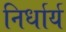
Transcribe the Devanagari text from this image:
निर्धार्य